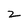
Character: 2